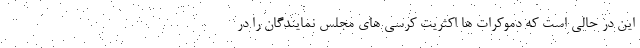
این در حالی است که دموکرات ها اکثریت کرسی های مجلس نمایندگان را در